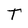
Character: T